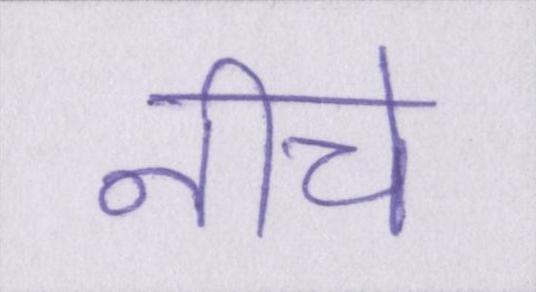
नीचे